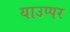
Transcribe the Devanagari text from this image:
याउप्पर